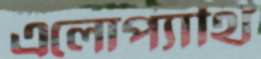
এলোপ্যাথি